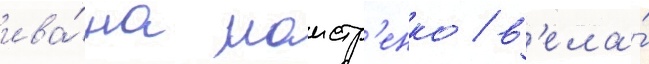
ива́на маистр'енко / в'ела́